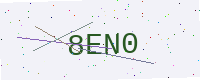
Text: 8EN0